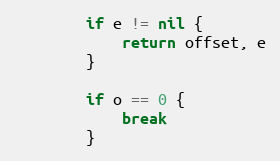
Language: Go
		if e != nil {
			return offset, e
		}

		if o == 0 {
			break
		}